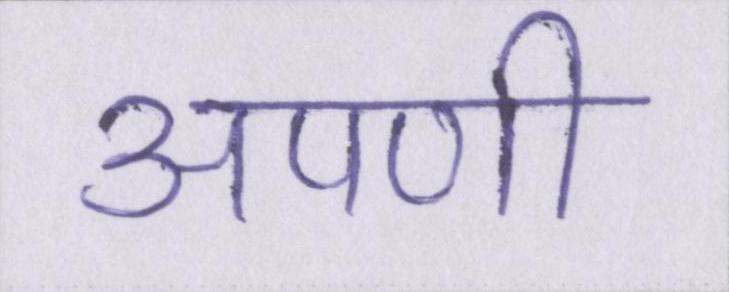
अपणी